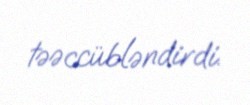
təəccübləndirdi.